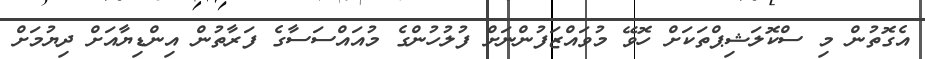
އެގޮތުން މި ސްކޮލަޝިޕްތަކަށް ހޮވޭ މުވައްޒަފުންނަށް ފުލުހުންގެ މުއައްސަސާގެ ފަރާތުން އިންޑިޔާއަށް ދިޔުމަށް